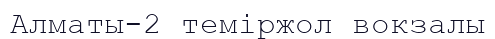
Алматы-2 теміржол вокзалы